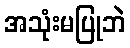
အသုံးမပြုဘဲ